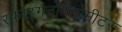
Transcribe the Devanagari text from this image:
स्फाइगनोमैनोमीटर